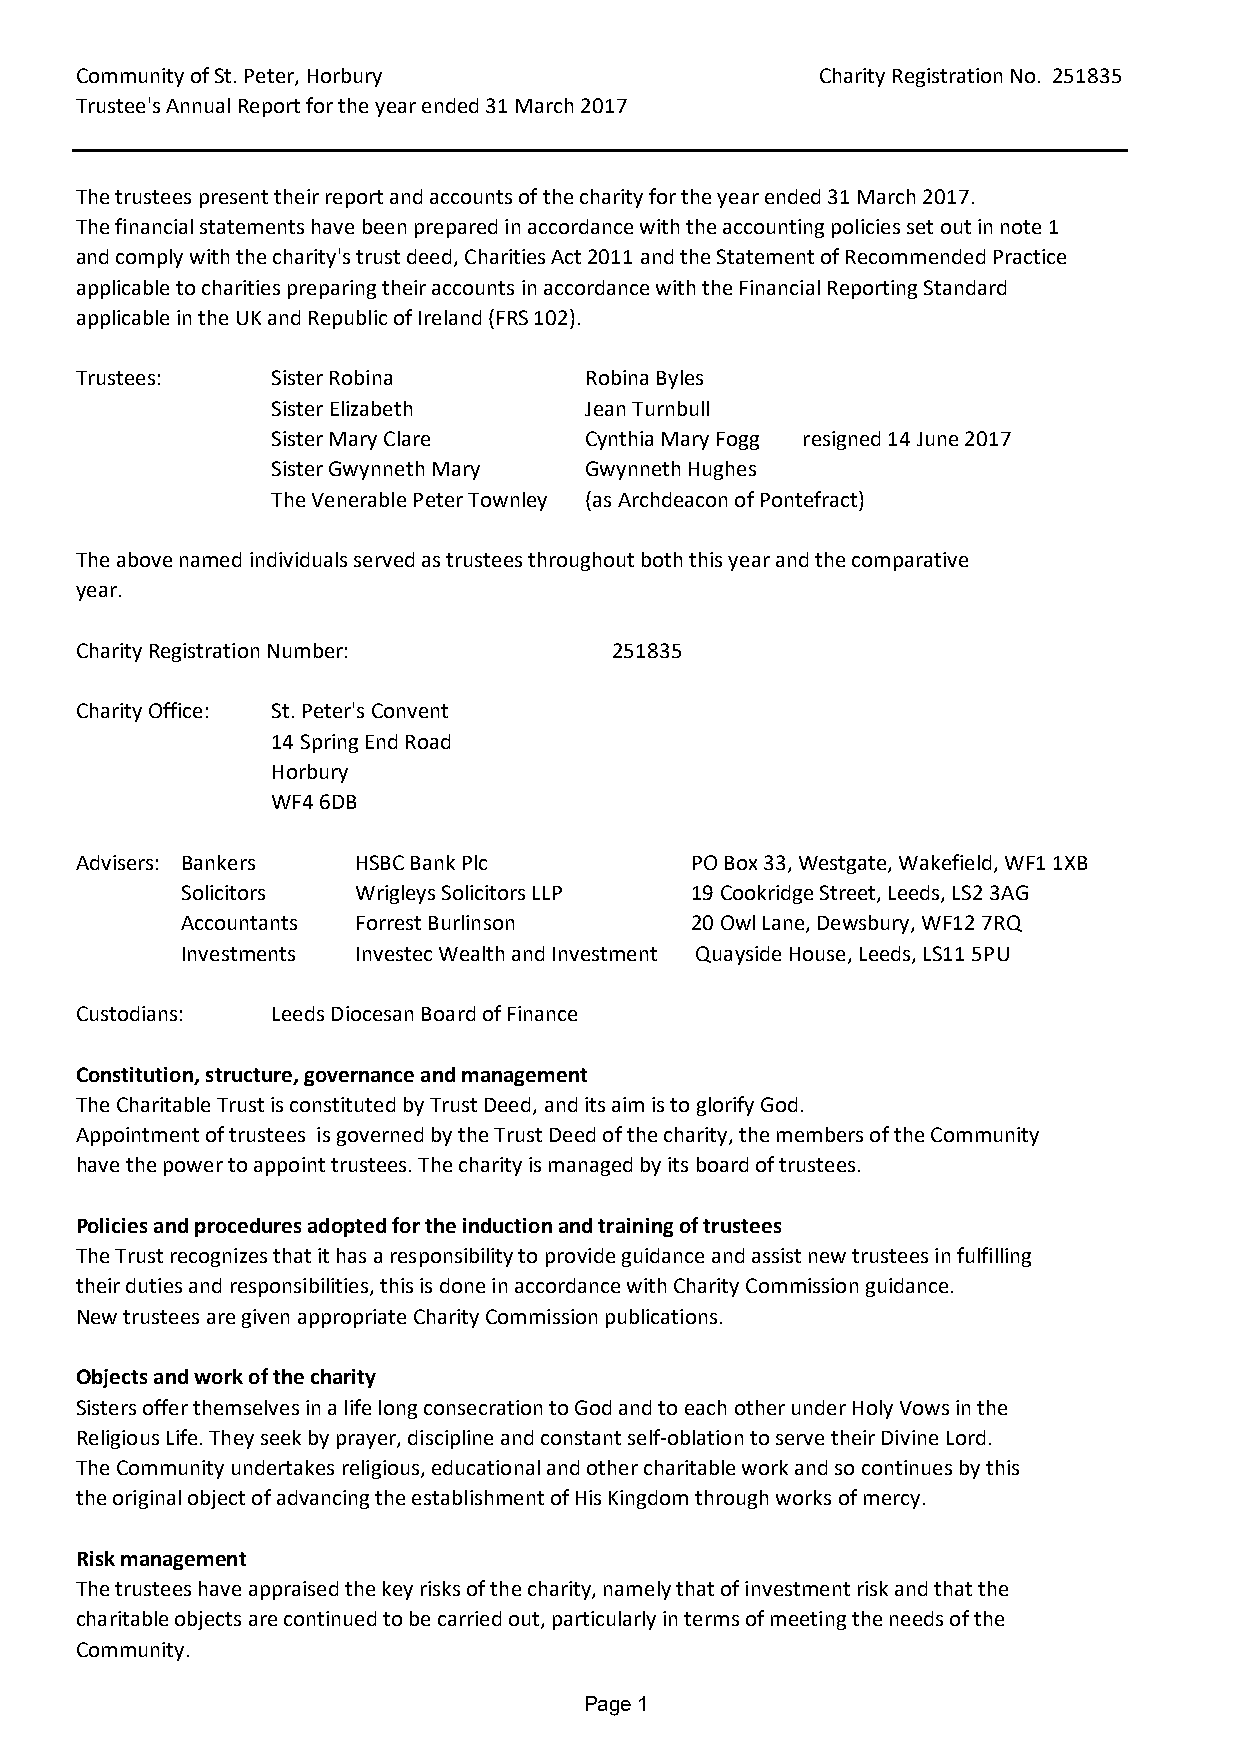
Community of St. Peter, Horbury                  Charity Registration No. 251835
 Trustee's Annual Report for the year ended 31 March 2017
 The trustees present their report and accounts of the charity for the year ended 31 March 2017.
 The financial statements have been prepared in accordance with the accounting policies set out in note 1
 and comply with the charity's trust deed, Charities Act 2011 and the Statement of Recommended Practice
 applicable to charities preparing their accounts in accordance with the Financial Reporting Standard
 applicable in the UK and Republic of Ireland (FRS 102).
 Trustees:    Sister Robina        Robina Byles
 Sister Elizabeth     Jean Turnbull
 Sister Mary Clare    Cynthia Mary Fogg resigned 14 June 2017
 Sister Gwynneth Mary Gwynneth Hughes
 The Venerable Peter Townley (as Archdeacon of Pontefract)
 The above named individuals served as trustees throughout both this year and the comparative
 year.
 Charity Registration Number:        251835
 Charity Office: St. Peter's Convent
 14 Spring End Road
 Horbury
 WF4 6DB
 Advisers: Bankers  HSBC Bank Plc         PO Box 33, Westgate, Wakefield, WF1 1XB
 Solicitors  Wrigleys Solicitors LLP 19 Cookridge Street, Leeds, LS2 3AG
 Accountants Forrest Burlinson     20 Owl Lane, Dewsbury, WF12 7RQ
 Investments Investec Wealth and Investment Quayside House, Leeds, LS11 5PU
 Custodians:  Leeds Diocesan Board of Finance
 Constitution, structure, governance and management
 The Charitable Trust is constituted by Trust Deed, and its aim is to glorify God.
 Appointment of trustees is governed by the Trust Deed of the charity, the members of the Community
 have the power to appoint trustees. The charity is managed by its board of trustees.
 Policies and procedures adopted for the induction and training of trustees
 The Trust recognizes that it has a responsibility to provide guidance and assist new trustees in fulfilling
 their duties and responsibilities, this is done in accordance with Charity Commission guidance.
 New trustees are given appropriate Charity Commission publications.
 Objects and work of the charity
 Sisters offer themselves in a life long consecration to God and to each other under Holy Vows in the
 Religious Life. They seek by prayer, discipline and constant self-oblation to serve their Divine Lord.
 The Community undertakes religious, educational and other charitable work and so continues by this
 the original object of advancing the establishment of His Kingdom through works of mercy.
 Risk management
 The trustees have appraised the key risks of the charity, namely that of investment risk and that the
 charitable objects are continued to be carried out, particularly in terms of meeting the needs of the
 Community.
 Page 1